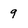
Character: 9